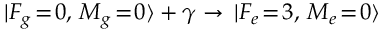
| F _ { g } \! = \! 0 , \, M _ { g } \! = \! 0 \rangle + \gamma \to \, | F _ { e } \! = \! 3 , \, M _ { e } \! = \! 0 \rangle